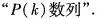
”P(k)数列”.